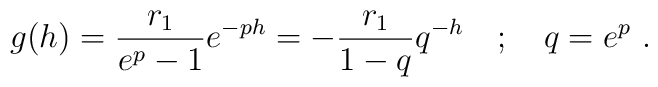
g(h) = \frac{r_1}{e^p - 1} e^{-p h} = -\frac{r_1}{1-q} q^{- h}    \quad;\quad q=e^p~.